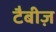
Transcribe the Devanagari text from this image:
टैबीज़